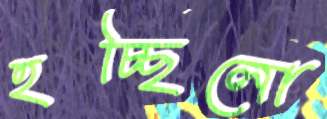
হচ্ছিলো